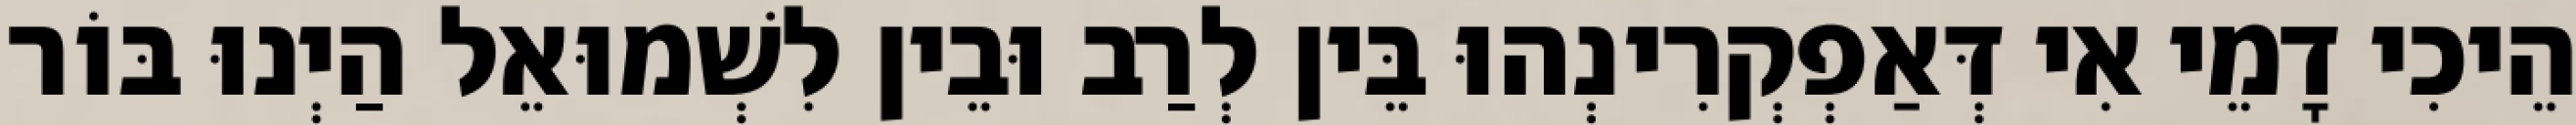
הֵיכִי דָמֵי אִי דְּאַפְקְרִינְהוּ בֵּין לְרַב וּבֵין לִשְׁמוּאֵל הַיְנוּ בּוֹר